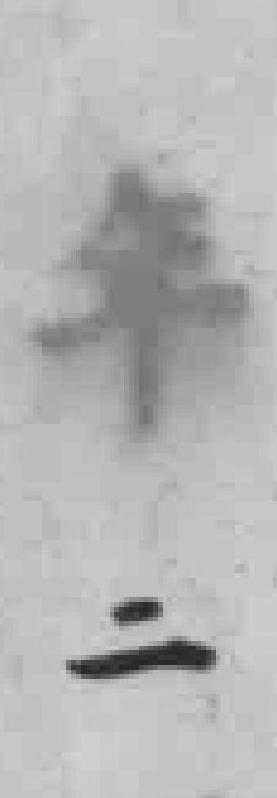
年二